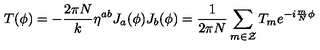
T ( \phi ) = - \frac { 2 \pi N } { k } \eta ^ { a b } J _ { a } ( \phi ) J _ { b } ( \phi ) = \frac { 1 } { 2 \pi N } \sum _ { m \in \cal { Z } } T _ { m } e ^ { - i \frac { m } { N } \phi }